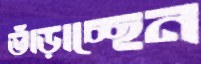
ভাঁড়াচ্ছেন